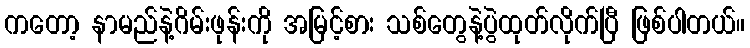
ကတော့ နာမည်နဲ့ဂိမ်းဖုန်းကို အမြင့်စား သစ်တွေနဲ့ပွဲထုတ်လိုက်ပြီ ဖြစ်ပါတယ်။